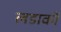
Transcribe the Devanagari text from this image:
लडाकों